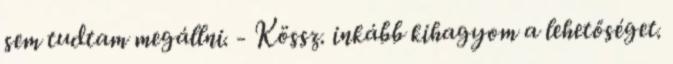
sem tudtam megállni. - Kössz. inkább kihagyom a lehetőséget.